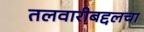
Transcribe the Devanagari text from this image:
तलवारीबद्दलचा